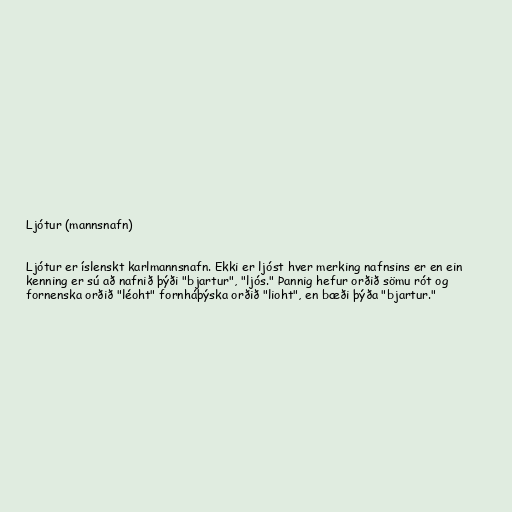
Ljótur (mannsnafn)

Ljótur er íslenskt karlmannsnafn. Ekki er ljóst hver merking nafnsins er en ein
kenning er sú að nafnið þýði "bjartur", "ljós." Þannig hefur orðið sömu rót og
fornenska orðið "léoht" fornháþýska orðið "lioht", en bæði þýða "bjartur."